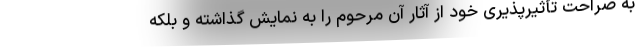
به صراحت تأثیرپذیری خود از آثار آن مرحوم را به نمایش گذاشته و بلکه